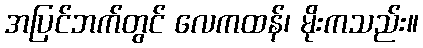
အပြင်ဘက်တွင် လေကထန်၊ မိုးကသည်း။